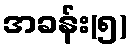
အခန်း(၅)